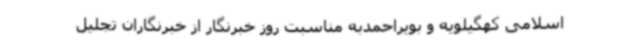
اسلامی کهگیلویه و بویراحمدبه مناسبت روز خبرنگار از خبرنگاران تجلیل